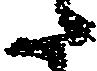
た